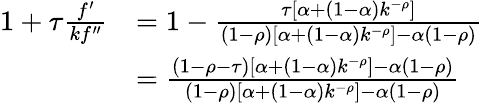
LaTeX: {\begin{array}{rl}{1+\tau{\frac{f^{\prime}}{kf^{\prime\prime}}}}&{=1-{\frac{\tau[\alpha+(1-\alpha)k^{-\rho}]}{(1-\rho)[\alpha+(1-\alpha)k^{-\rho}]-\alpha(1-\rho)}}}\\ &{={\frac{(1-\rho-\tau)[\alpha+(1-\alpha)k^{-\rho}]-\alpha(1-\rho)}{(1-\rho)[\alpha+(1-\alpha)k^{-\rho}]-\alpha(1-\rho)}}}\end{array}}